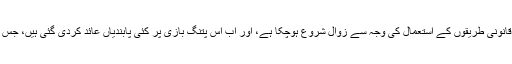
پاکستان میں بدقسمتی سے اس مشغلے کا کئی غیر قانونی طریقوں کے استعمال کی وجہ سے زوال شروع ہوچکا ہے، اور اب اس پتنگ بازی پر کئی پابندیاں عائد کردی گئی ہیں، جس کی وجہ سے غیر ملکی اب چین کا رخ کرتے ہیں۔